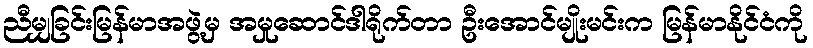
ညီမျှခြင်းမြန်မာအဖွဲ့မှ အမှုဆောင်ဒါရိုက်တာ ဦးအောင်မျိုးမင်းက မြန်မာနိုင်ငံကို